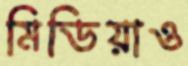
মিডিয়াও